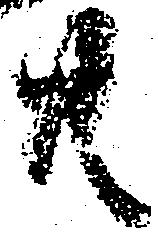
共